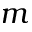
m